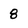
Character: 8